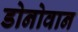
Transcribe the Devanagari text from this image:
डोनोवान